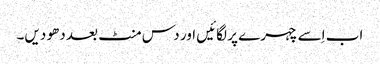
اب اِسے چہرے پر لگائیں اور دس منٹ بعد دھو دیں۔